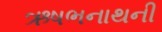
ઋષભનાથની